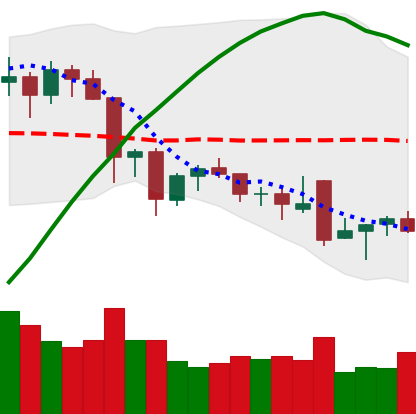
Ticker: NEO-USD
Chart end date: 2021-11-30
Forward return: -24.793%
Label: down_7plus